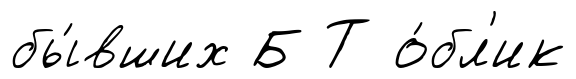
бы́вших Б Т о́бл'ик